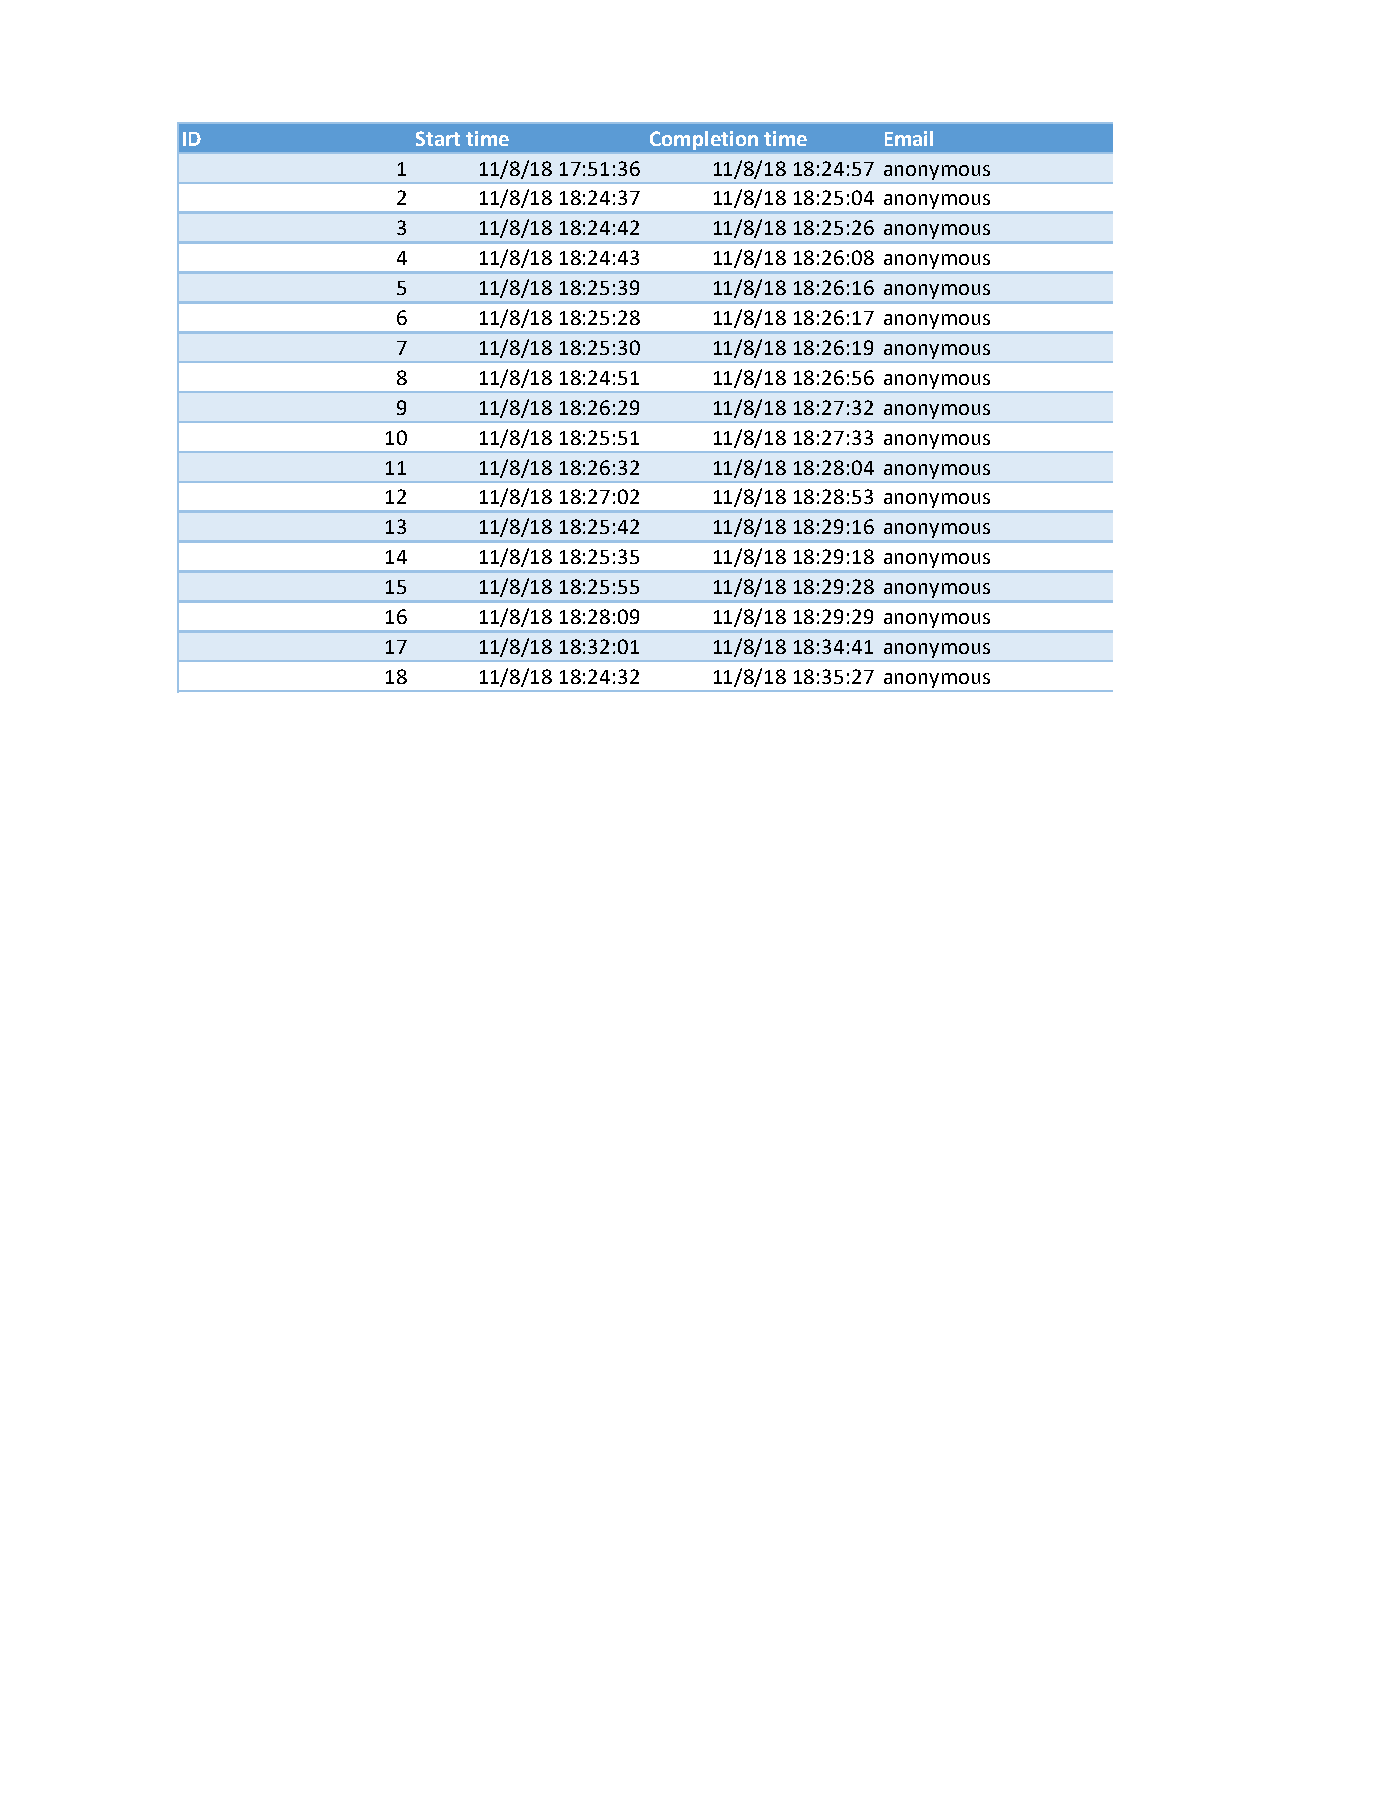
ID             Start time      Completion time Email
 1    11/8/18 17:51:36 11/8/18 18:24:57 anonymous
 2    11/8/18 18:24:37 11/8/18 18:25:04 anonymous
 3    11/8/18 18:24:42 11/8/18 18:25:26 anonymous
 4    11/8/18 18:24:43 11/8/18 18:26:08 anonymous
 5    11/8/18 18:25:39 11/8/18 18:26:16 anonymous
 6    11/8/18 18:25:28 11/8/18 18:26:17 anonymous
 7    11/8/18 18:25:30 11/8/18 18:26:19 anonymous
 8    11/8/18 18:24:51 11/8/18 18:26:56 anonymous
 9    11/8/18 18:26:29 11/8/18 18:27:32 anonymous
 10    11/8/18 18:25:51 11/8/18 18:27:33 anonymous
 11    11/8/18 18:26:32 11/8/18 18:28:04 anonymous
 12    11/8/18 18:27:02 11/8/18 18:28:53 anonymous
 13    11/8/18 18:25:42 11/8/18 18:29:16 anonymous
 14    11/8/18 18:25:35 11/8/18 18:29:18 anonymous
 15    11/8/18 18:25:55 11/8/18 18:29:28 anonymous
 16    11/8/18 18:28:09 11/8/18 18:29:29 anonymous
 17    11/8/18 18:32:01 11/8/18 18:34:41 anonymous
 18    11/8/18 18:24:32 11/8/18 18:35:27 anonymous